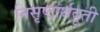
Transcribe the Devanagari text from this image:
निसृष्टार्थदूती